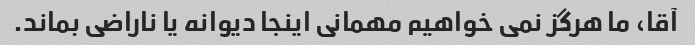
آقا، ما هرگز نمی خواهیم مهمانی اینجا دیوانه یا ناراضی بماند.